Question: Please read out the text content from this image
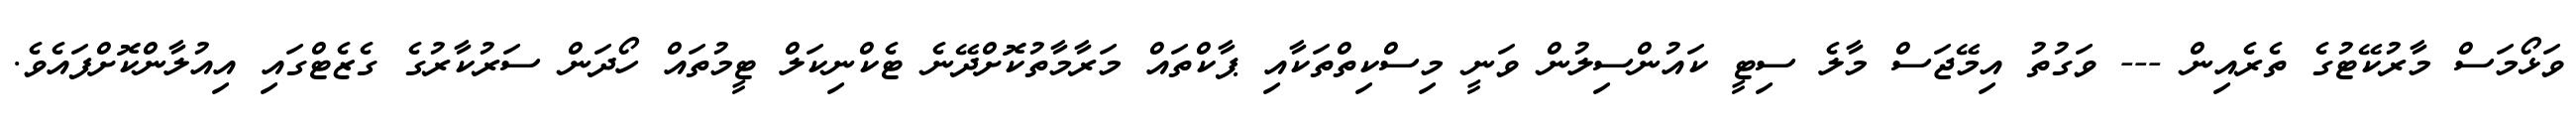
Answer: ވަޅޯމަސް މާރުކޭޓުގެ ތެރެއިން --- ވަގުތު އިމޭޖަސް މާލެ ސިޓީ ކައުންސިލުން ވަނީ މިސްކިތްތަކާއި ޕާކްތައް މަރާމާތުކޮށްދޭނެ ޓެކްނިކަލް ޓީމުތައް ހޯދަން ސަރުކާރުގެ ގެޒެޓްގައި އިއުލާންކޮށްފައެވެ.